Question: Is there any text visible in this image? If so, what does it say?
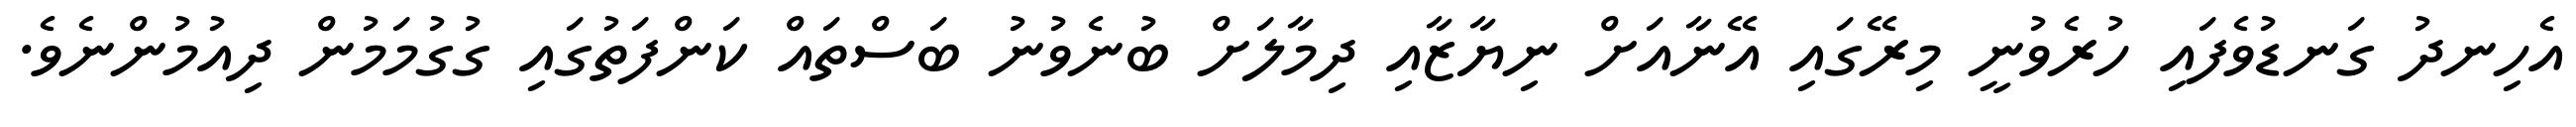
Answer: އެހިނދު ގަނޑުވެފައި ހުރެވުނީ މިރޭގައި އޭނާއަށް ނިޔާޒާއި ދިމާލަށް ބުނެވުނު ބަސްތައް ކަންފަތުގައި ގުގުމަމުން ދިއުމުންނެވެ.